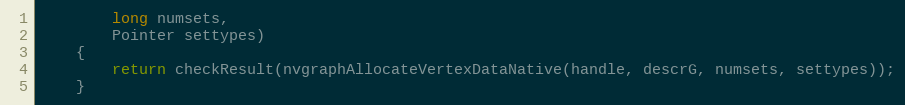
Language: Java
        long numsets,
        Pointer settypes)
    {
        return checkResult(nvgraphAllocateVertexDataNative(handle, descrG, numsets, settypes));
    }